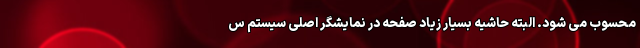
محسوب می شود. البته حاشیه بسیار زیاد صفحه در نمایشگر اصلی سیستم س